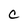
Character: c